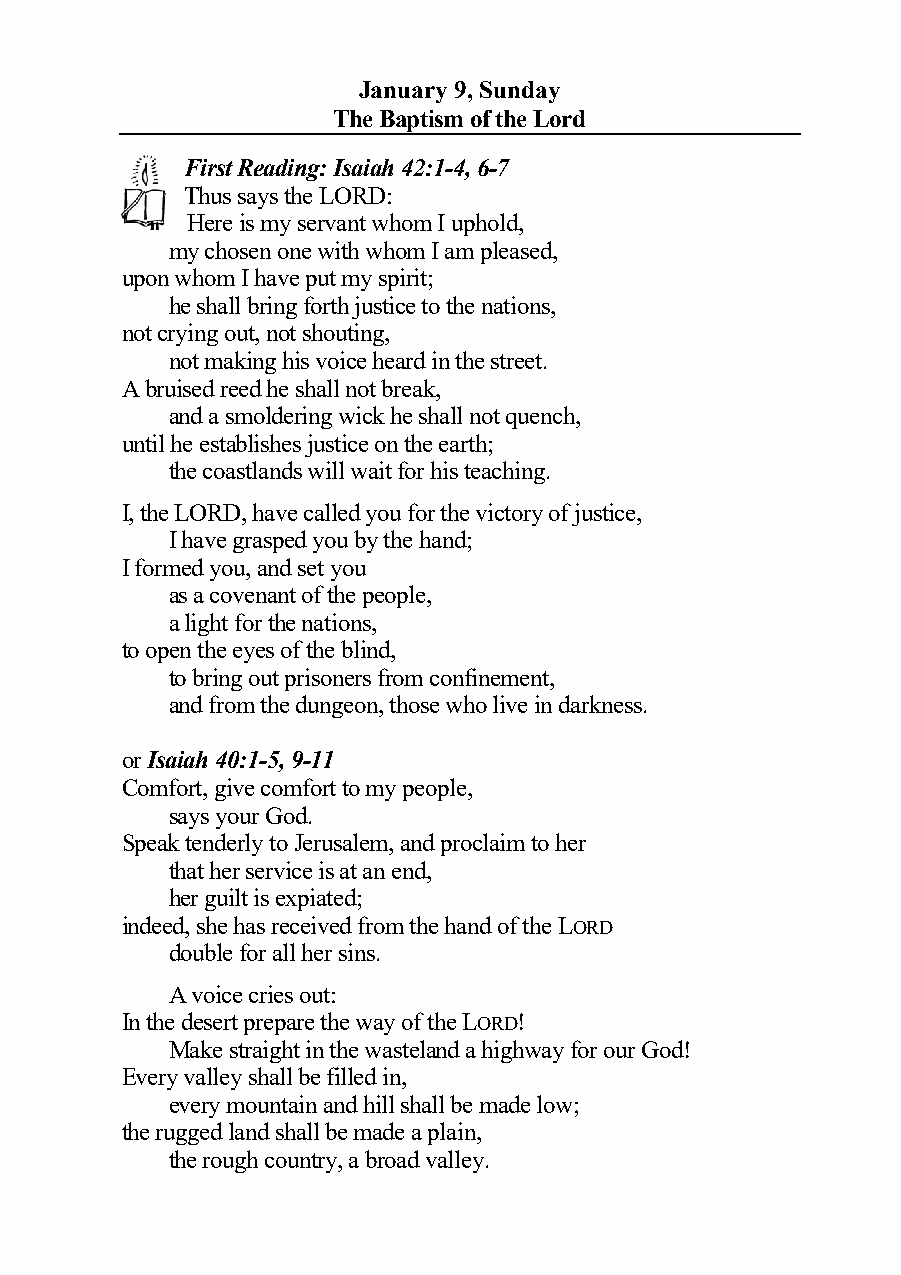
January 9, Sunday
 The Baptism of the Lord
 First Reading: Isaiah 42:1-4, 6-7
 Thus says the LORD:
 Here is my servant whom I uphold,
 my chosen one with whom I am pleased,
 upon whom I have put my spirit;
 he shall bring forth justice to the nations,
 not crying out, not shouting,
 not making his voice heard in the street.
 A bruised reed he shall not break,
 and a smoldering wick he shall not quench,
 until he establishes justice on the earth;
 the coastlands will wait for his teaching.
 I, the LORD, have called you for the victory of justice,
 I have grasped you by the hand;
 I formed you, and set you
 as a covenant of the people,
 a light for the nations,
 to open the eyes of the blind,
 to bring out prisoners from confinement,
 and from the dungeon, those who live in darkness.
 or Isaiah 40:1-5, 9-11
 Comfort, give comfort to my people,
 says your God.
 Speak tenderly to Jerusalem, and proclaim to her
 that her service is at an end,
 her guilt is expiated;
 indeed, she has received from the hand of the LORD
 double for all her sins.
 A voice cries out:
 In the desert prepare the way of the LORD!
 Make straight in the wasteland a highway for our God!
 Every valley shall be filled in,
 every mountain and hill shall be made low;
 the rugged land shall be made a plain,
 the rough country, a broad valley.